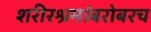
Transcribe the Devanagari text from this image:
शरीरश्रमांबरोबरच